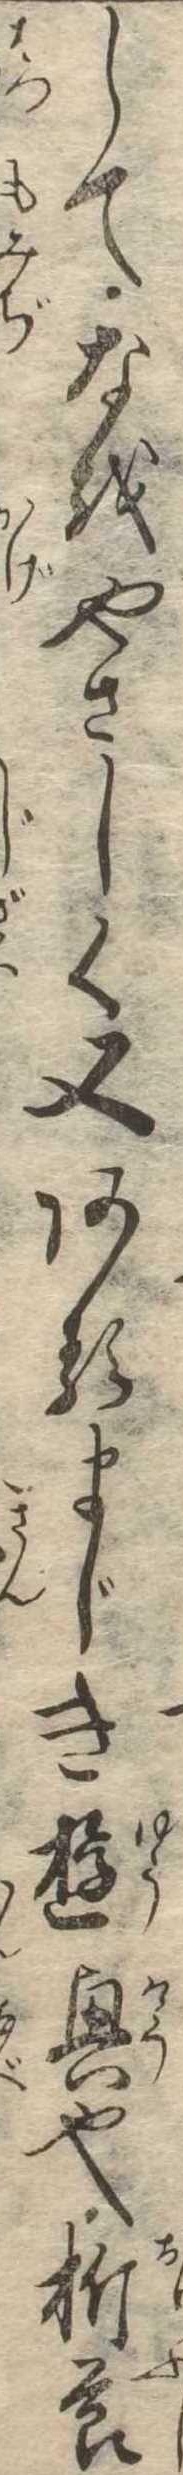
してなをやさしく又あるまじき遊興也折節